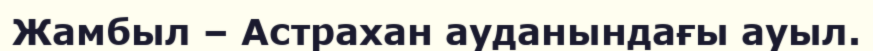
Жамбыл – Астрахан ауданындағы ауыл.